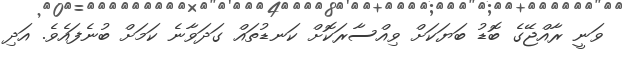
ވަނީ ރާއްޖޭގެ ބޮޑު ބަޔަކަށް ވިއްސާރަކޮށް ކަނޑުތައް ގަދަވާނެ ކަމަށް ބުނެފައެވެ. އަދި